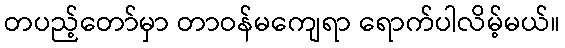
တပည့်တော်မှာ တာဝန်မကျေရာ ရောက်ပါလိမ့်မယ်။